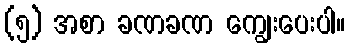
(၅) အစာ ခဏခဏ ကျွေးပေးပါ။